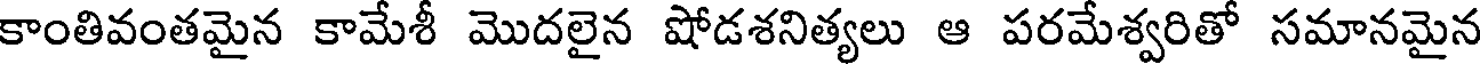
కాంతివంతమైన కామేశీ మొదలైన షోడశనిత్యలు ఆ పరమేశ్వరితో సమానమైన